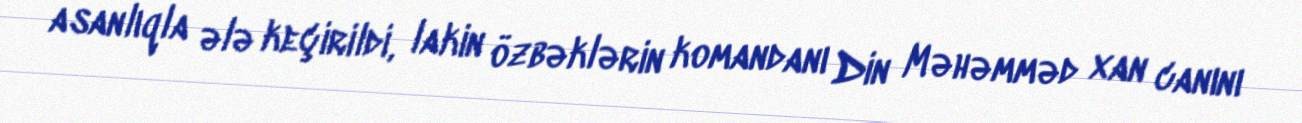
asanlıqla ələ keçirildi, lakin özbəklərin komandanı Din Məhəmməd xan canını